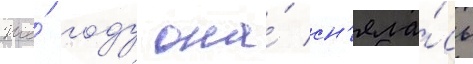
же́ году она́ сн'яла́сь